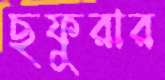
ছফুরার